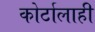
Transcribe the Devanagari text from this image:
कोर्टालाही